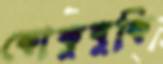
কোকুবুকি